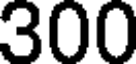
300